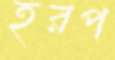
হরপ